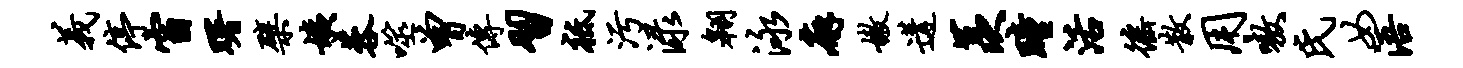
义停窗曙檗姨蓉噬曾传习祗污渌翱泳廨嫩遘羡瞳活徭散用嗷氏女浯